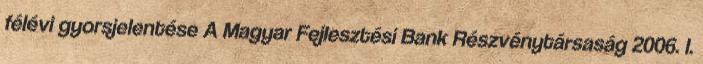
félévi gyorsjelentése A Magyar Fejlesztési Bank Részvénytársaság 2006. I.